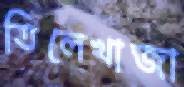
তিলেখাজা